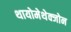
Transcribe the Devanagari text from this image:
थायोमेथेक्‍जोन